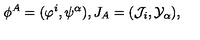
\phi ^ { A } = ( \varphi ^ { i } , \psi ^ { \alpha } ) , J _ { A } = ( { \cal J } _ { i } , { \cal Y } _ { \alpha } ) , \,